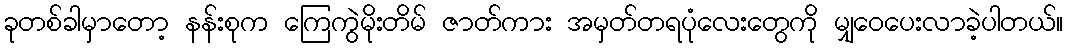
ခုတစ်ခါမှာတော့ နန်းစုက ကြေကွဲမိုးတိမ် ဇာတ်ကား အမှတ်တရပုံလေးတွေကို မျှဝေပေးလာခဲ့ပါတယ်။